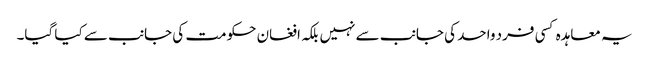
یہ معاہدہ کسی فرد واحد کی جانب سے نہیں بلکہ افغان حکومت کی جانب سے کیا گیا۔